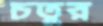
চতুর